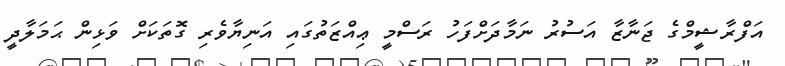
އަފްރާޝީމްގެ ޖަނާޒާ އަސުރު ނަމާދަށްފަހު ރަސްމީ ޢިއްޒަތުގައި އަނިޔާވެރި ގޮތަކަށް ވަޅިން ޙަމަލާދީ